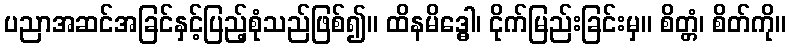
ပညာအဆင်အခြင်နှင့်ပြည့်စုံသည်ဖြစ်၍။ ထိနမိဒ္ဓေါ၊ ငိုက်မြည်းခြင်းမှ။ စိတ္တံ၊ စိတ်ကို။